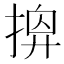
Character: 𢰘